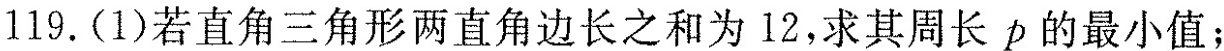
119.(1)若直角三角形两直角边长之和为12，求其周长p的最小值；